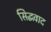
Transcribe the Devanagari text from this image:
सिद्धवाद